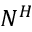
N ^ { H }